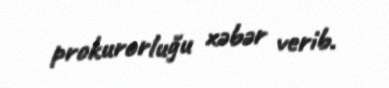
prokurorluğu xəbər verib.